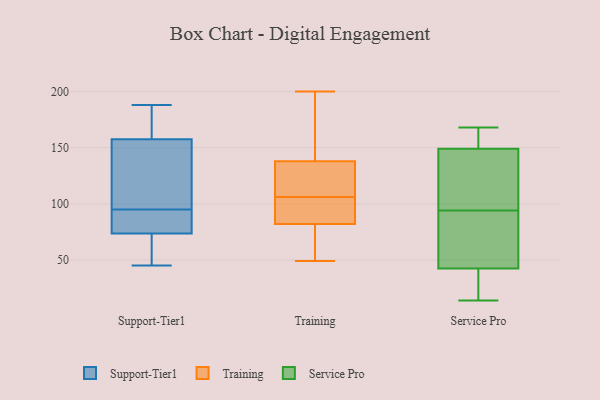
{"axis": {"x": "LTV (USD)", "y": "Value"}, "legend": ["Service Pro", "Support-Tier1", "Training"], "data": [{"x": "", "y": 110, "type": "Support-Tier1"}, {"x": "", "y": 64, "type": "Support-Tier1"}, {"x": "", "y": 144, "type": "Support-Tier1"}, {"x": "", "y": 45, "type": "Support-Tier1"}, {"x": "", "y": 172, "type": "Support-Tier1"}, {"x": "", "y": 129, "type": "Support-Tier1"}, {"x": "", "y": 162, "type": "Support-Tier1"}, {"x": "", "y": 81, "type": "Support-Tier1"}, {"x": "", "y": 188, "type": "Support-Tier1"}, {"x": "", "y": 52, "type": "Support-Tier1"}, {"x": "", "y": 95, "type": "Support-Tier1"}, {"x": "", "y": 75, "type": "Support-Tier1"}, {"x": "", "y": 176, "type": "Support-Tier1"}, {"x": "", "y": 89, "type": "Support-Tier1"}, {"x": "", "y": 73, "type": "Support-Tier1"}, {"x": "", "y": 85, "type": "Training"}, {"x": "", "y": 87, "type": "Training"}, {"x": "", "y": 49, "type": "Training"}, {"x": "", "y": 154, "type": "Training"}, {"x": "", "y": 66, "type": "Training"}, {"x": "", "y": 82, "type": "Training"}, {"x": "", "y": 200, "type": "Training"}, {"x": "", "y": 99, "type": "Training"}, {"x": "", "y": 118, "type": "Training"}, {"x": "", "y": 140, "type": "Training"}, {"x": "", "y": 122, "type": "Training"}, {"x": "", "y": 57, "type": "Training"}, {"x": "", "y": 97, "type": "Training"}, {"x": "", "y": 79, "type": "Training"}, {"x": "", "y": 113, "type": "Training"}, {"x": "", "y": 137, "type": "Training"}, {"x": "", "y": 177, "type": "Training"}, {"x": "", "y": 138, "type": "Training"}, {"x": "", "y": 15, "type": "Service Pro"}, {"x": "", "y": 88, "type": "Service Pro"}, {"x": "", "y": 81, "type": "Service Pro"}, {"x": "", "y": 14, "type": "Service Pro"}, {"x": "", "y": 168, "type": "Service Pro"}, {"x": "", "y": 142, "type": "Service Pro"}, {"x": "", "y": 117, "type": "Service Pro"}, {"x": "", "y": 153, "type": "Service Pro"}, {"x": "", "y": 39, "type": "Service Pro"}, {"x": "", "y": 152, "type": "Service Pro"}, {"x": "", "y": 152, "type": "Service Pro"}, {"x": "", "y": 42, "type": "Service Pro"}, {"x": "", "y": 43, "type": "Service Pro"}, {"x": "", "y": 100, "type": "Service Pro"}, {"x": "", "y": 80, "type": "Service Pro"}, {"x": "", "y": 146, "type": "Service Pro"}]}